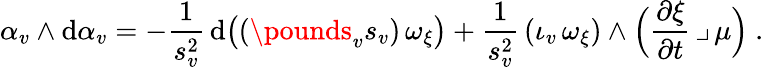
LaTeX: \alpha_{v}\wedge\mathrm{d}\alpha_{v}=-\frac{1}{s_{v}^{2}}\, \mathrm{d}\bigl((\pounds_{v}s_{v})\, \omega_{\xi}\bigr)+\frac{1}{s_{v}^{2}}\, (\iota_{v}\, \omega_{\xi})\wedge\Big(\frac{\partial\xi}{\partial t}\, \lrcorner\, \mu\Big)\ .